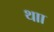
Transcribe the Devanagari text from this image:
थाा